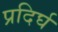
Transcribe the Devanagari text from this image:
प्रदिर्घ